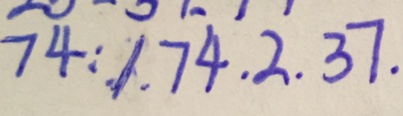
7 4 : 1 . 7 4 . 2 . 3 7 .